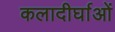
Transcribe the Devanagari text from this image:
कलादीर्घाओं